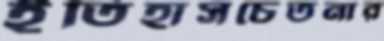
ইতিহাসচেতনার